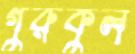
গুরুকুল